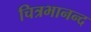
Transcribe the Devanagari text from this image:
चित्रभानन्द